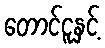
တောင်ငူနှင့်